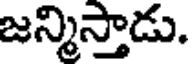
జన్మిస్తాడు.